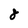
Character: 8